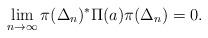
LaTeX: \begin{align*}\lim_{n\to\infty}\pi(\Delta_n)^*\Pi(a)\pi(\Delta_n)=0.\end{align*}